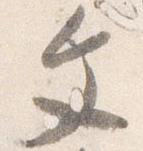
文